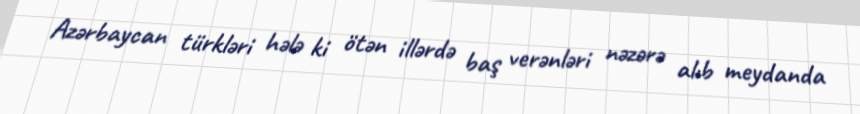
Azərbaycan türkləri hələ ki ötən illərdə baş verənləri nəzərə alıb meydanda